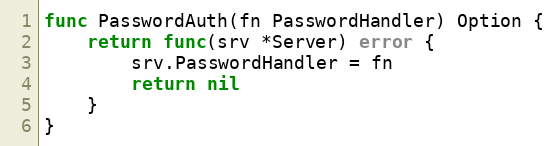
Language: Go
func PasswordAuth(fn PasswordHandler) Option {
	return func(srv *Server) error {
		srv.PasswordHandler = fn
		return nil
	}
}